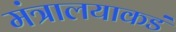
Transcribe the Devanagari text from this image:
मंत्रालयाकडं